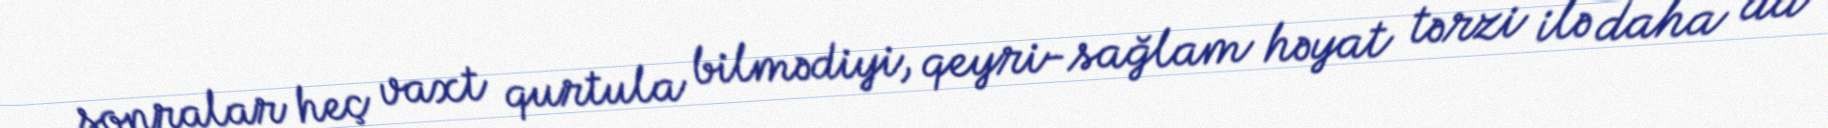
sonralar heç vaxt qurtula bilmədiyi, qeyri-sağlam həyat tərzi ilə daha da